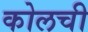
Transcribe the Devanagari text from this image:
कोलची